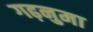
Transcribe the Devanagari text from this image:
गढ़नुमा